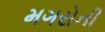
મગરોની